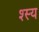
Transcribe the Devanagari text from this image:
श्स्य